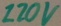
Text: 120V